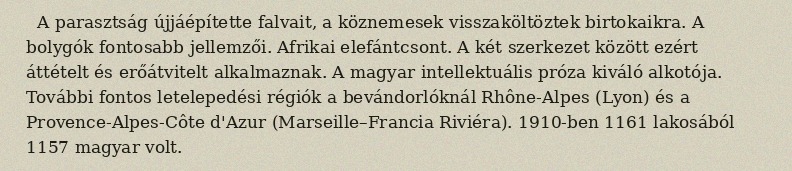
A parasztság újjáépítette falvait, a köznemesek visszaköltöztek birtokaikra. A bolygók fontosabb jellemzői. Afrikai elefántcsont. A két szerkezet között ezért áttételt és erőátvitelt alkalmaznak. A magyar intellektuális próza kiváló alkotója. További fontos letelepedési régiók a bevándorlóknál Rhône-Alpes (Lyon) és a Provence-Alpes-Côte d'Azur (Marseille–Francia Riviéra). 1910-ben 1161 lakosából 1157 magyar volt.